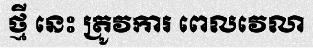
ថ្មី នេះ ត្រូវការ ពេលវេលា